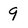
Character: 9